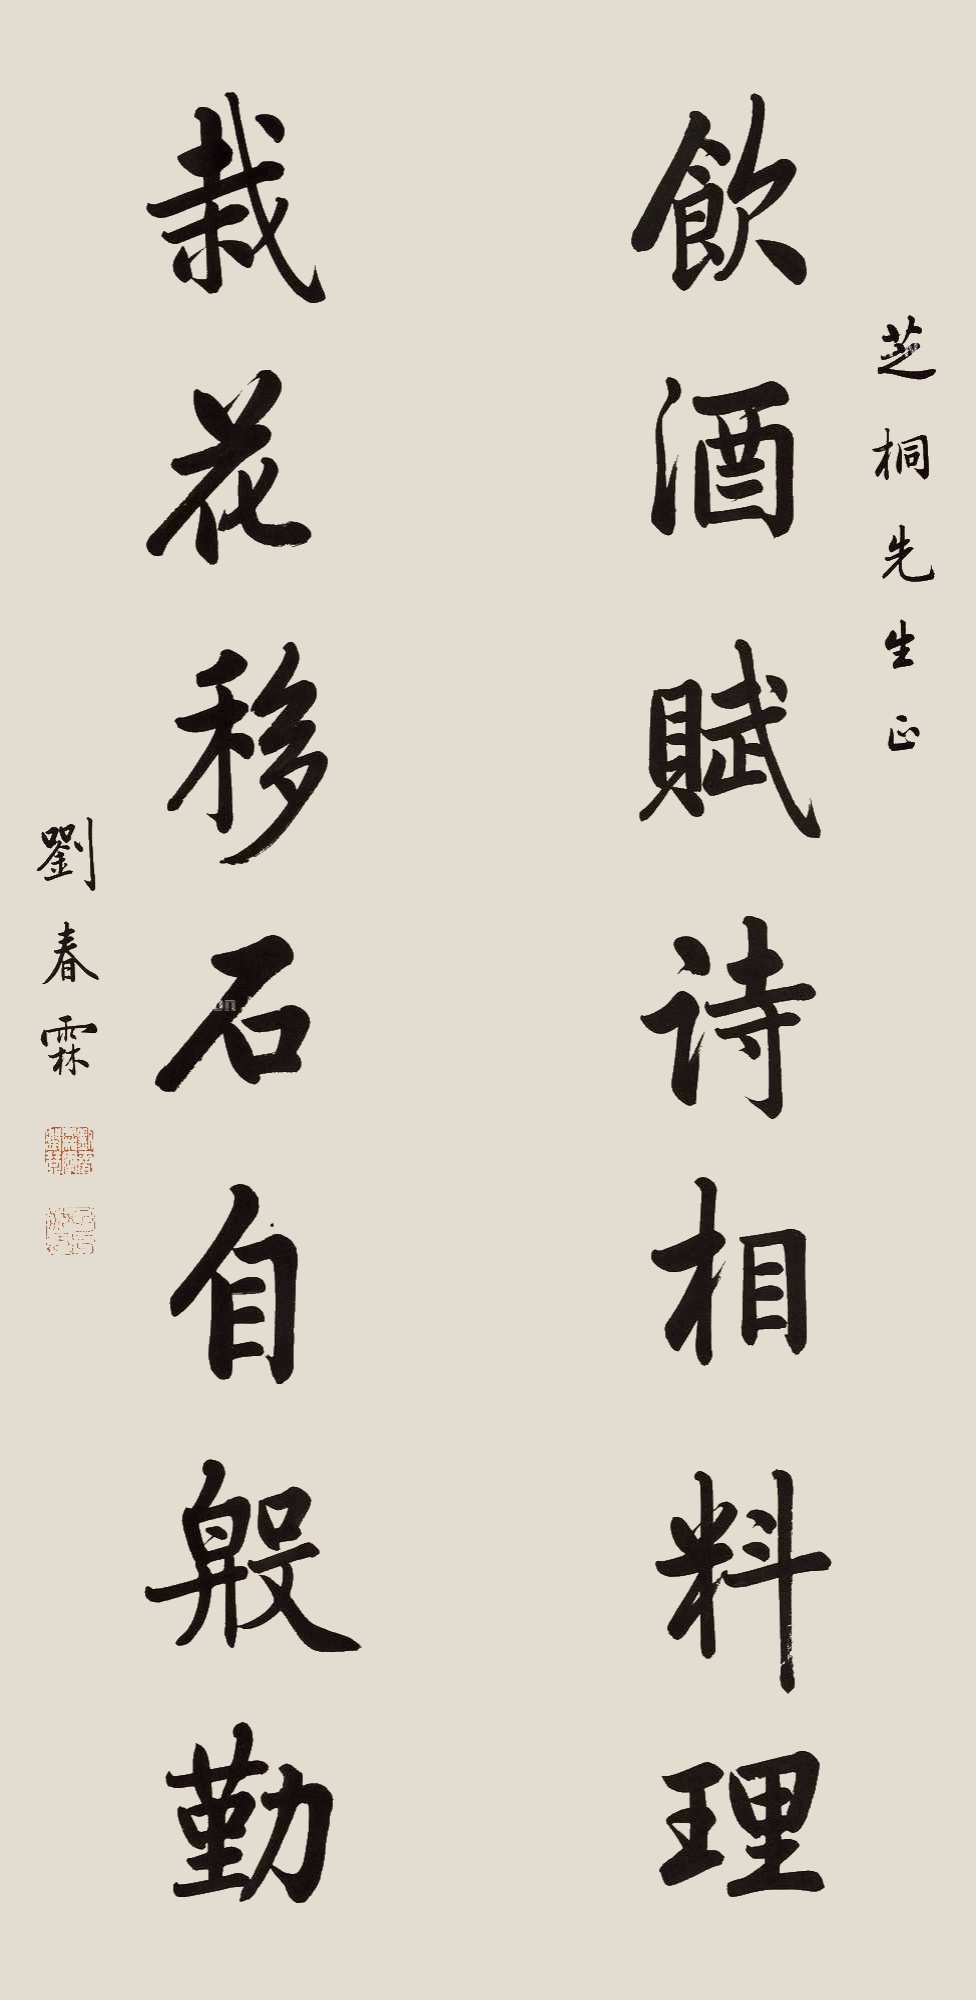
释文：饮酒赋诗相料理，栽花移石自殷勤。芝桐先生正，刘春霖。